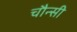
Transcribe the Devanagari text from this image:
चौन्सी